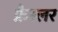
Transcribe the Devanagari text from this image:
फ्रैस्लर